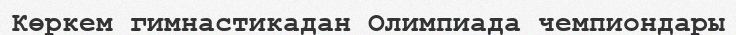
Көркем гимнастикадан Олимпиада чемпиондары